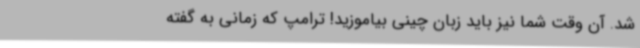
شد. آن وقت شما نیز باید زبان چینی بیاموزید! ترامپ که زمانی به گفته